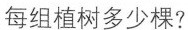
每组植树多少棵?